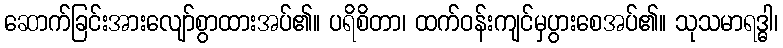
ဆောက်ခြင်းအားလျော်စွာထားအပ်၏။ ပရိစိတာ၊ ထက်ဝန်းကျင်မှပွားစေအပ်၏။ သုသမာရဒ္ဓါ၊